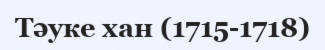
Тәуке хан (1715-1718)